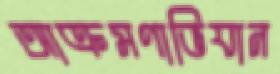
আক্রমণাভিযান